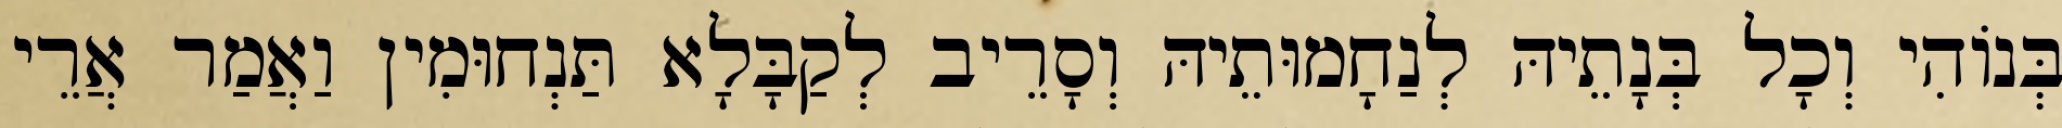
בְּנוֹהִי וְכָל בְּנָתֵיהּ לְנַחָמוּתֵיהּ וְסָרֵיב לְקַבָּלָא תַּנְחוּמִין וַאֲמַר אֲרֵי